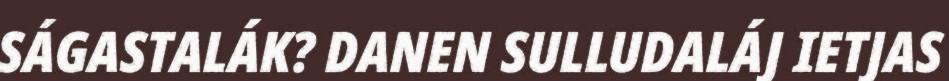
SÁGASTALÁK? DANEN SULLUDALÁJ IETJAS